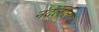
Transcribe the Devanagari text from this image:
नंदलाला